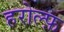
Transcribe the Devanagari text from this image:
हरोल्फ़